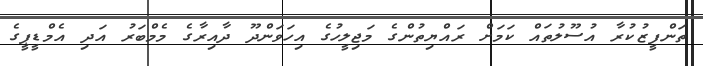
ތަންފީޒުކުރާ އުސޫލުތައް ކަމަށް ރައްޔިތުންގެ މަޖިލީހުގެ އިހަވަންދޫ ދާއިރާގެ މެމްބަރު އަދި އެމްޑީޕީގެ